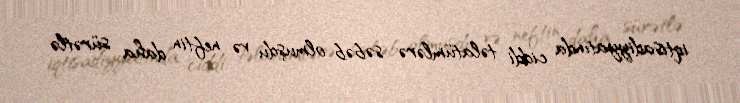
iqtisadiyyatında ciddi təlatümlərə səbəb olmuşdu və neftin daha sürətlə